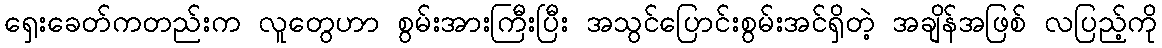
ရှေးခေတ်ကတည်းက လူတွေဟာ စွမ်းအားကြီးပြီး အသွင်ပြောင်းစွမ်းအင်ရှိတဲ့ အချိန်အဖြစ် လပြည့်ကို